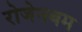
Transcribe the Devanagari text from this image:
रोजेनबम